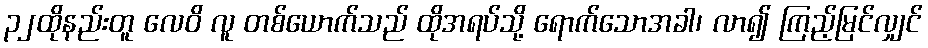
၃၂ထိုနည်းတူ လေဝိ လူ တစ်ယောက်သည် ထိုအရပ်သို့ ရောက်သောအခါ၊ လာ၍ ကြည့်မြင်လျှင်